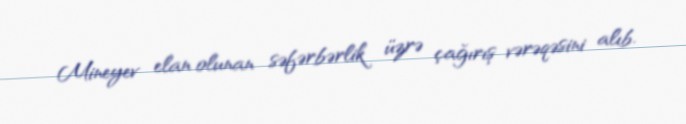
Mineyev elan olunan səfərbərlik üzrə çağırış vərəqəsini alıb.